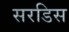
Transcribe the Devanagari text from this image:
सरडिस